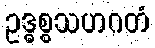
ဥဒ္ဓစ္စသဟဂတံ